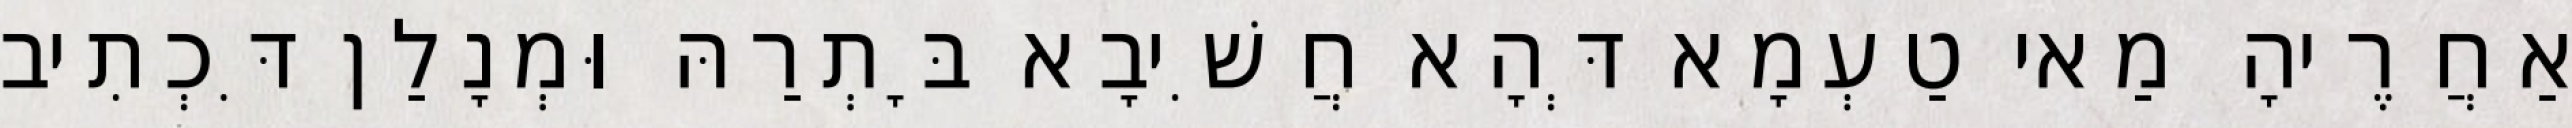
אַחֲרֶיהָ מַאי טַעְמָא דְּהָא חֲשִׁיבָא בָּתְרַהּ וּמְנָלַן דִּכְתִיב